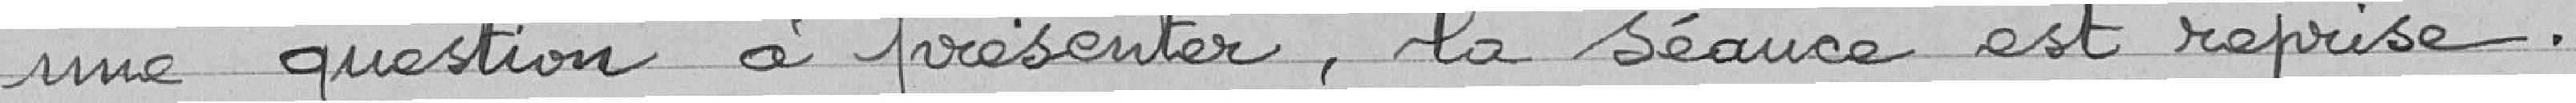
une question à présenter, la séance est reprise.